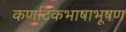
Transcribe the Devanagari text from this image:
कर्णाटकभाषाभूषण